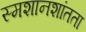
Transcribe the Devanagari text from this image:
स्मशानशांतता